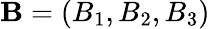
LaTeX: \mathbf{B}=(B_{1},B_{2},B_{3})